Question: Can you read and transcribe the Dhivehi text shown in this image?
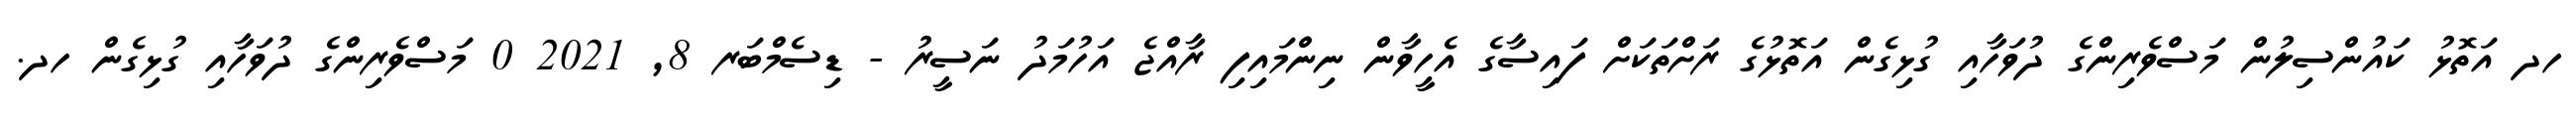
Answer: ހދ އަތޮޅު ކައުންސިލުން މަސްވެރިންގެ ދުވަހާއި ގުޅިގެން އަތޮޅުގެ ރަށްތަކަށް ފައިސާގެ އެހީވާން ނިންމައިފި ރާއްޖެ އަހުމަދު ނަސީރު - ޑިސެމްބަރ 8, 2021 0 މަސްވެރިންގެ ދުވަހާއި ގުޅިގެން ހދ.